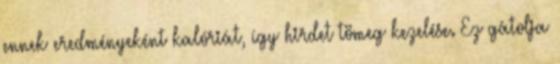
ennek eredményeként kalóriát, így hirdet tömeg kezelése. Ez gátolja